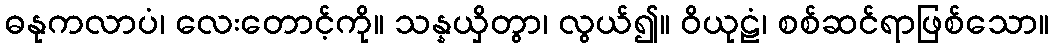
ဓနုကလာပံ၊ လေးတောင့်ကို။ သန္နယှိတွာ၊ လွယ်၍။ ဝိယုဠံ၊ စစ်ဆင်ရာဖြစ်သော။